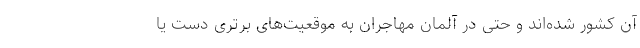
آن کشور شده‌اند و حتی در آلمان مهاجران به موقعیت‌های برتری دست یا